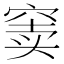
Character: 窦